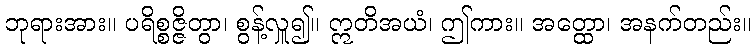
ဘုရားအား။ ပရိစ္စဇ္ဇိတွာ၊ စွန့်လှူ၍။ ဣတိအယံ၊ ဤကား။ အတ္ထော၊ အနက်တည်း။